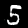
Label: 5